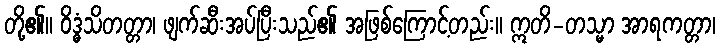
တို့၏။ ဝိဒ္ဓံသိတတ္တာ၊ ဖျက်ဆီးအပ်ပြီးသည်၏ အဖြစ်ကြောင့်တည်း။ ဣတိ-တသ္မာ အာရကတ္တာ၊